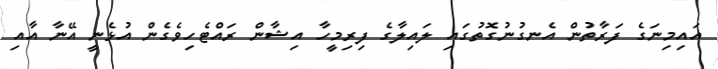
އައިމިނަގެ ފަރާތުން އެނގުނުގޮތުގައި ލައިލާގެ ފިރިމީހާ އިޝާން ރައްޓެހިވެގެން އުޅެނީ އޭނާ އާއި